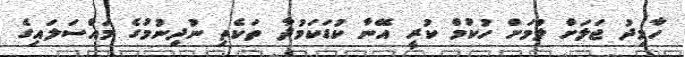
ހާމިދު ޖަލަށް ލުމަށް ހުކުމް ކުރީ އޭނާ ކުޑަކަމުދާ ތަކެތި ނުދިނުމުގެ މައްސަލައިގެ